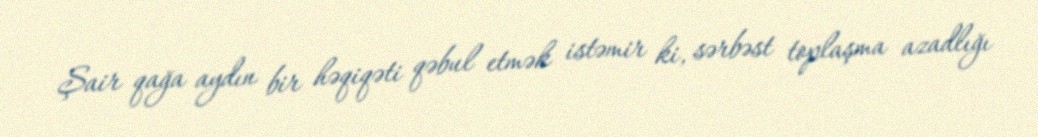
Şair qağa aydın bir həqiqəti qəbul etmək istəmir ki, sərbəst toplaşma azadlığı